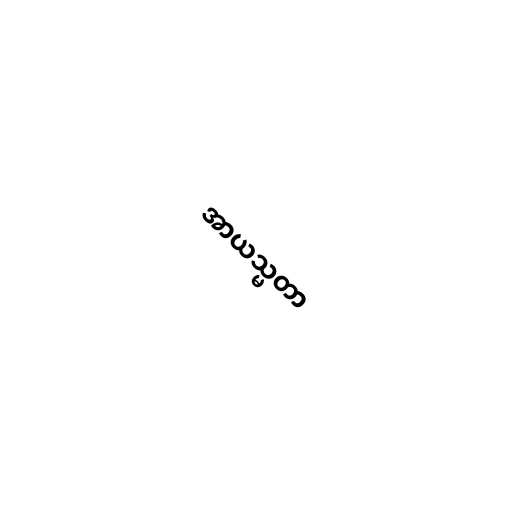
အာယသ္မတာ